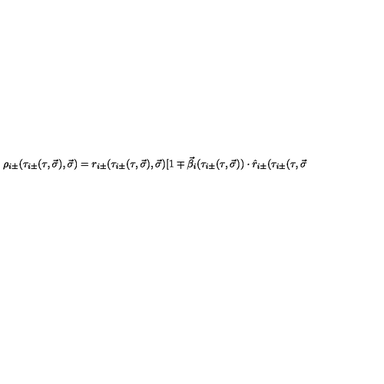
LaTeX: \rho _ { i \pm } ( \tau _ { i \pm } ( \tau , \vec { \sigma } ) , \vec { \sigma } ) = r _ { i \pm } ( \tau _ { i \pm } ( \tau , \vec { \sigma } ) , \vec { \sigma } ) [ 1 \mp \vec { \beta } _ { i } ( \tau _ { i \pm } ( \tau , \vec { \sigma } ) ) \cdot \hat { r } _ { i \pm } ( \tau _ { i \pm } ( \tau , \vec { \sigma }